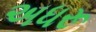
અધરૂ